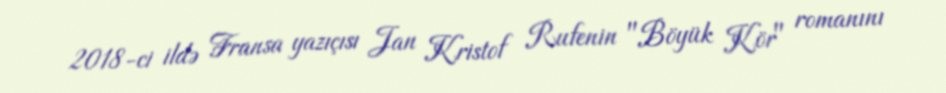
2018-ci ildə Fransa yazıçısı Jan Kristof Rufenin "Böyük Kör" romanını